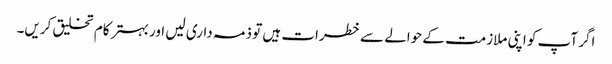
اگر آپ کو اپنی ملازمت کے حوالے سے خطرات ہیں تو ذمہ داری لیں اور بہتر کام تخلیق کریں۔